Bréfritari: Sigríður Pálsdóttir
Viðtakandi: Páll Pálsson
Dagsetning: A-1866-02-06
Skrifað á: Breiðabólsstað  Rang.
Páll var bróðir Sigríðar

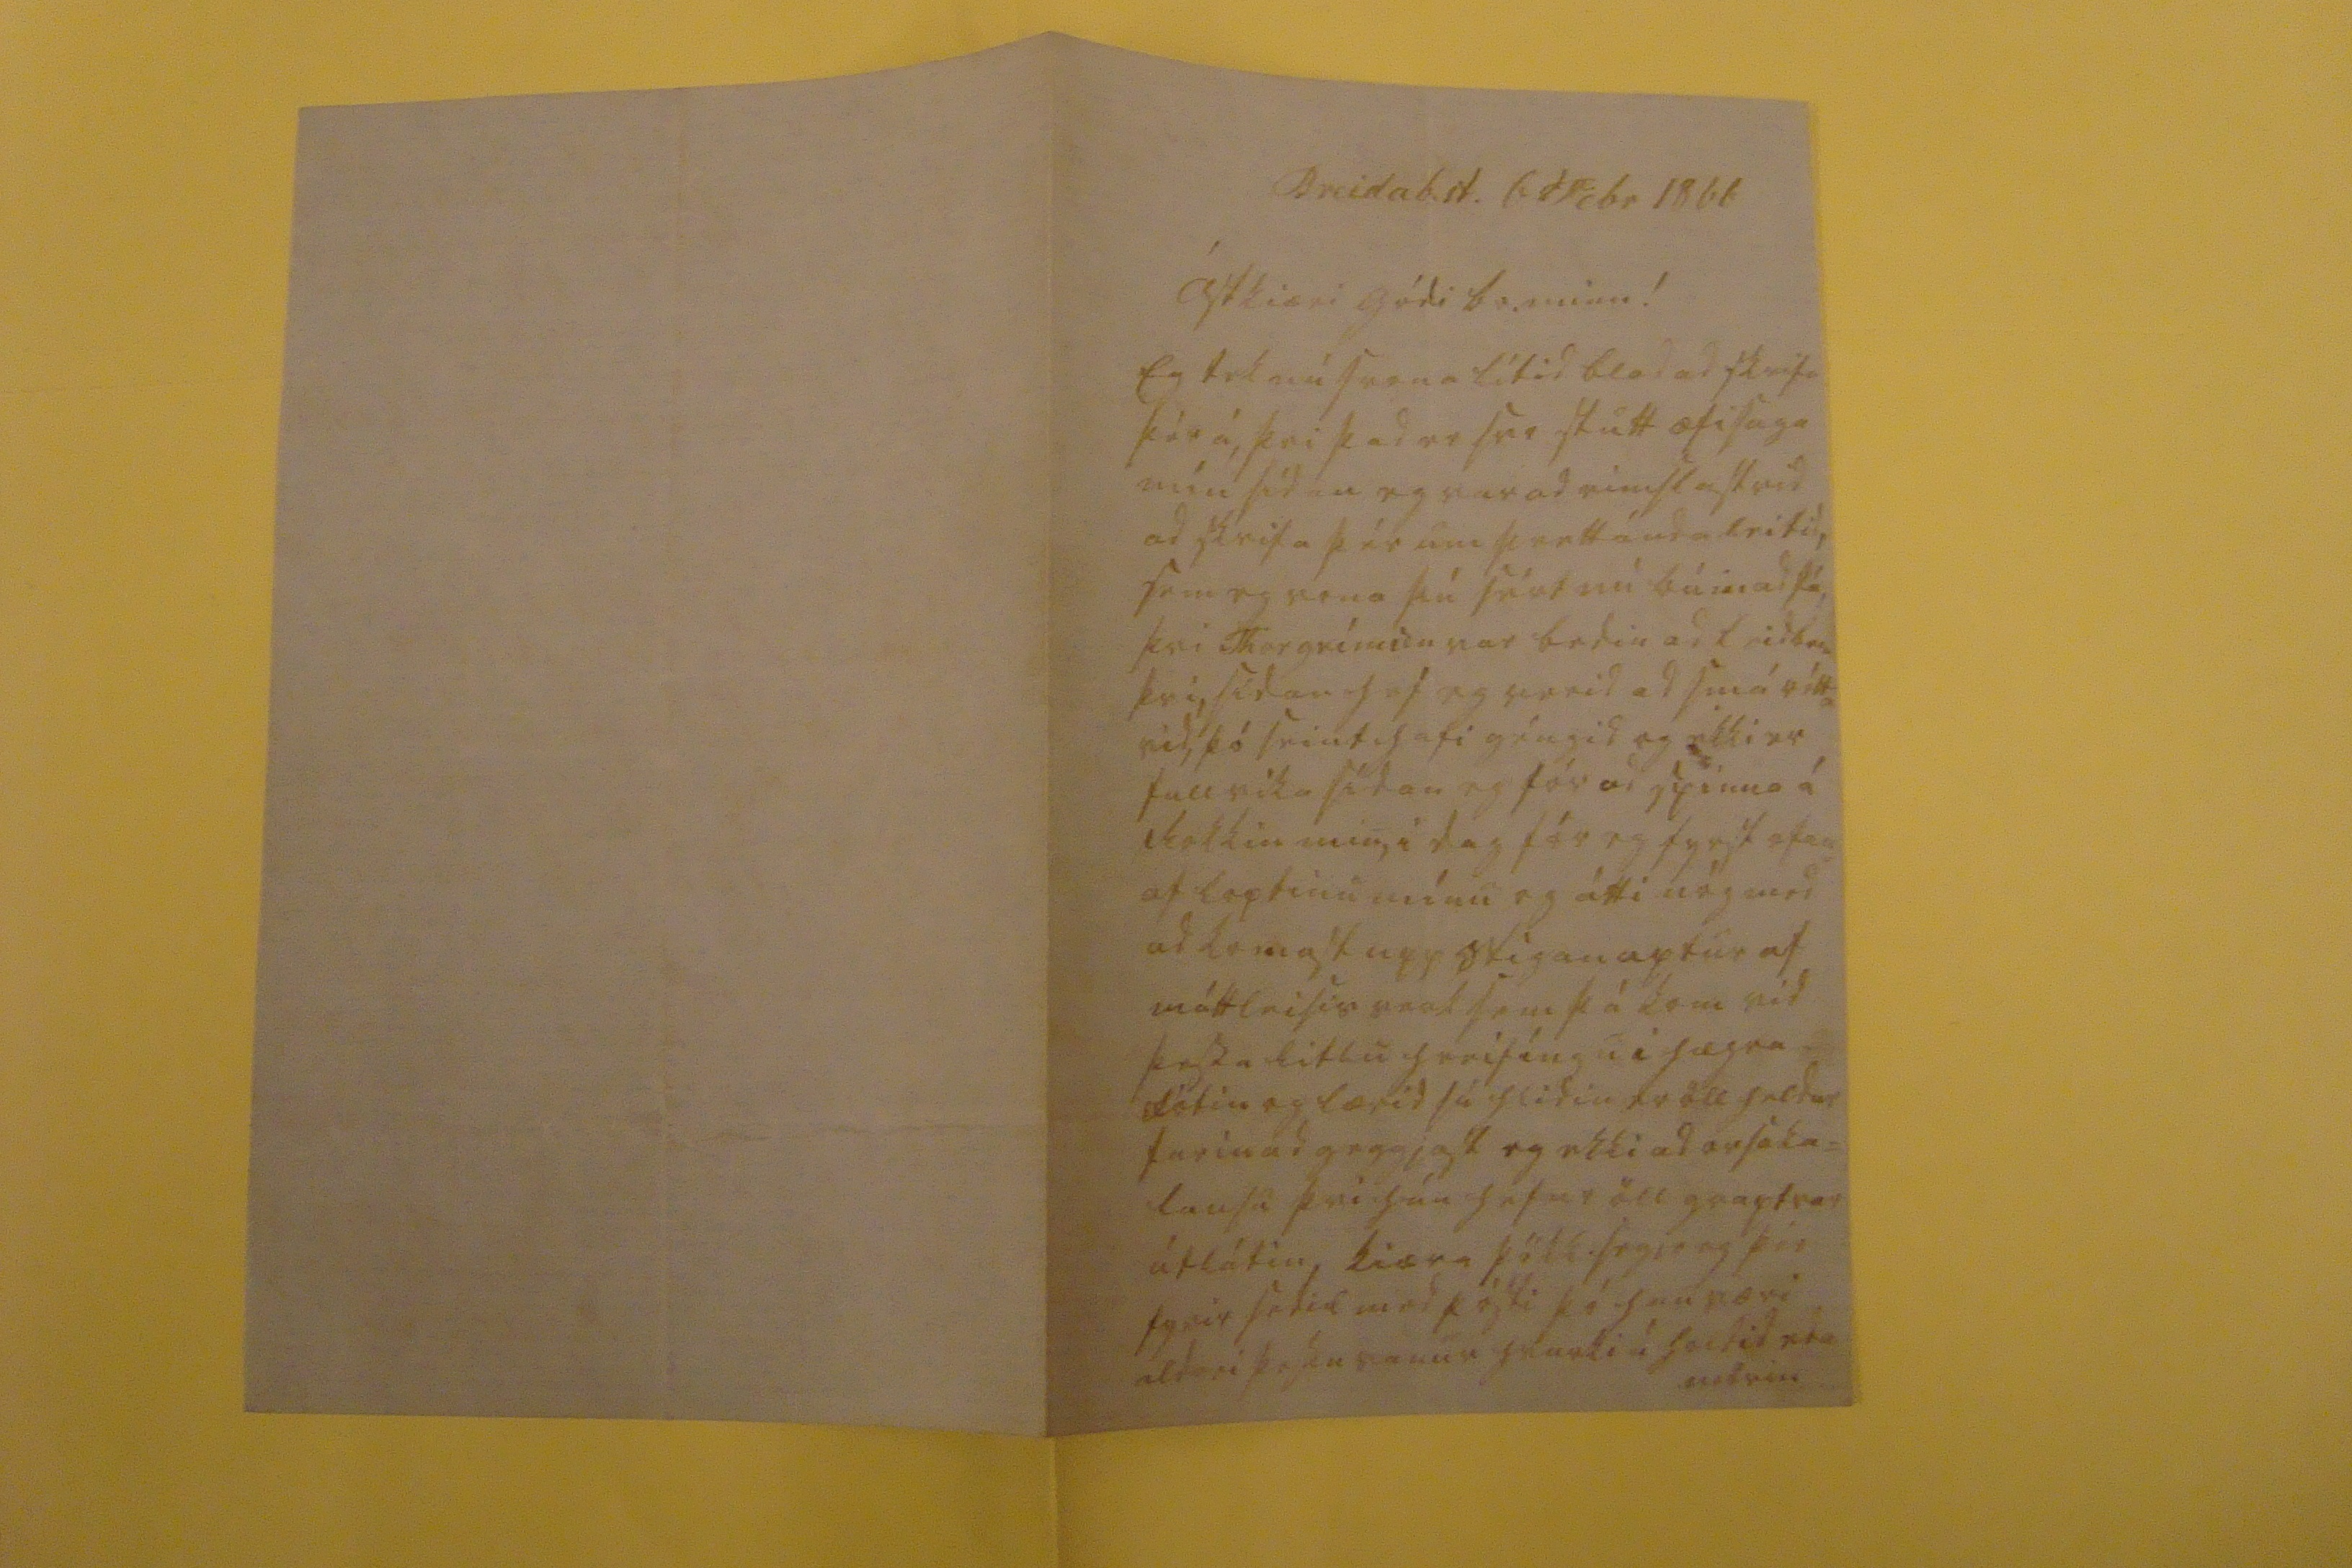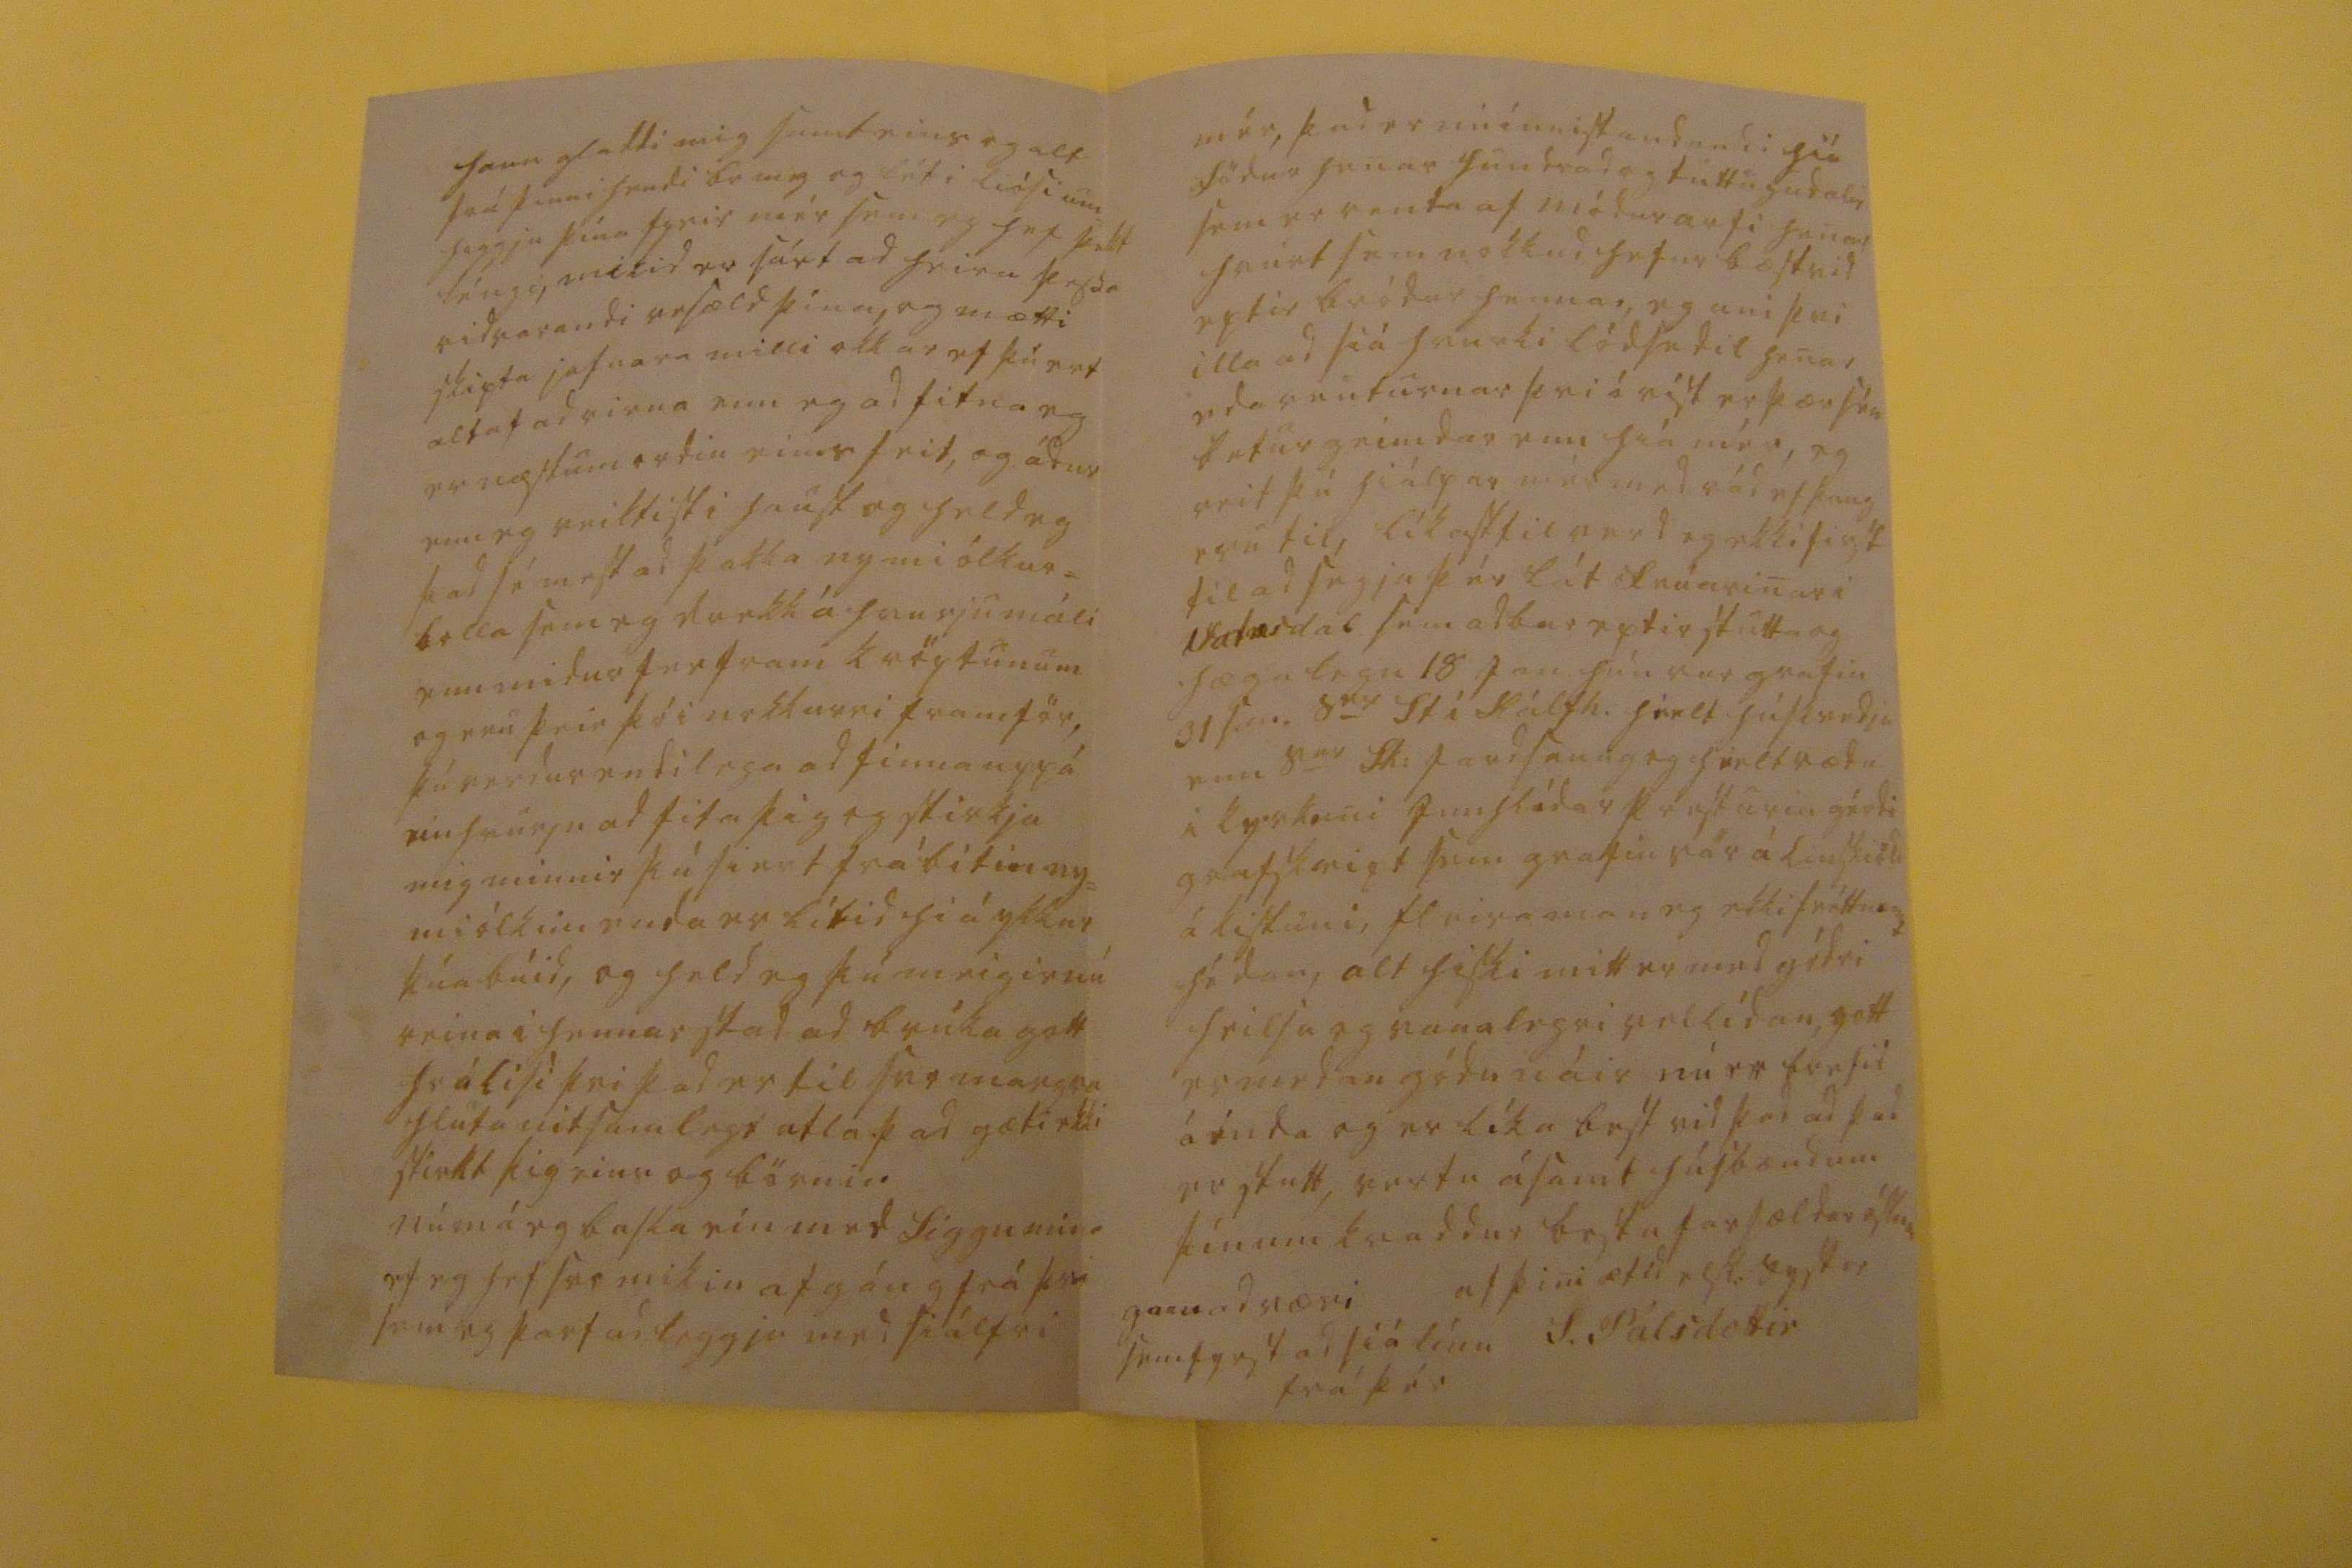

Breidab.st. 6 Febr 1866
ástkiæri gódi br. minn!
Eg tek nú svona lítid blad ad skrifa þér á, þvi þad er svo stutt æfisaga mín sídan eg var ad eimslast vid ad skrifa þér um
0rett
á eda leifid, sem eg vona þú sért nú búin ad fá, þvi Thorgrimsen var bodin ad leidb
00
þvi, sídan hef eg verid ad smá
r0tt= vid,
þó seint hafi géngid og ekki er full vika sídan eg fór ad spinna á rokkin min, i dag fór eg fyrst ofan= af loptinu mínu og átti nóg med ad komast upp stigan aptur af máttleisis verk sem þá kom vid þessa litlu hreifíngu i hægra fótin og lærid sú hlidin er öll heldur farin ad geggjast og ekki ad orsaka= lausu þvi hún hefur öll graptrar útlátin, kiæra þökk
segje
eg þér fyrir sedil med pósti þó han væri aldrei þessu vanur hvurki í
haldid eda 00drin
hann gladdi mig samt eins og alt frá þinni hendi br m g og lét i liósi um= higgju þína fyrir mér sem eg hef þekt léngi, mikid er sárt ad heira þessa vidvarandi vesæld þína, og mætti skipta jafnara milli okkar ef þú ert altaf ad rirna enn eg ad fitna eg er næstum ordin eins feit, og ádur enn eg veiktist i haust og held eg þad sé mest ad þakka nymiólkur= bolla sem eg drekk á hvurju máli enn midur fer fram kröptunum og eru þeir þó i nokkurri framför, þú verdur endilega ad finna upp á einhvurju ad fita þig og stirkja mig minnir þú siert frá bitin ny= miólkini enda er lítid hiá ykkur kúabúid, og held eg þú meigir nú reina i hennar stad ad brúka gott hrálisi þvi þad er til svo margra hluta nitsamlegt atla þad gæti ekki stirkt þig eins og börnin nú má eg basla ein med Siggu mini ef eg hef svo mikin afgáng frá þvi sem eg þarf ad leggja med siálfri
mér, þad er nú ínnistandandi hiá födur henar hundrad og tuttugu dalir sem er renta af módurarfi henar hvurt sem nokkud hefur bæst vid eptir bródur hennar, eg uni þvi illa ad siá hvurki lódsedil henar, eda renturnar þvi óvíst er þær séu betur geimdar enn hiá mér, eg veit þú hiálpar mér med rád ef þaug eru til, líkast til verd eg ekki first til ad segja þér lát frúarinar i Vatnsdal sem ad bar eptir stutta og hæga legu 18 Jan hún var grafin 31 Jan. s
er
Sk: jardsaung og hielt rædu i kyrkuni
jun hlídar
presturin gérdi grafskript sem grafin var á linskiöld á kistuni, fleira man eg ekki fréttnæmt hédan, alt hiski mitt er med gódri heilsu og vanalegri vellídan, gott er medan gódu náir nú er brefid á enda og er líka best vid þad ad þad er stutt, vertu ásamt húsbændum þínum kvaddur bestu farsældar óskum
af þini ætíd elsk: systir
S. Pálsdóttir
garn ad væri sem fyrst ad siá línu frá þér